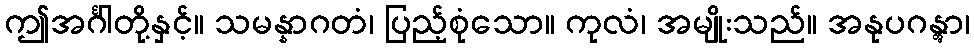
ဤအင်္ဂါတို့နှင့်။ သမန္နာဂတံ၊ ပြည့်စုံသော။ ကုလံ၊ အမျိုးသည်။ အနုပဂန္တွာ၊